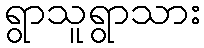
ရွာသူရွာသား